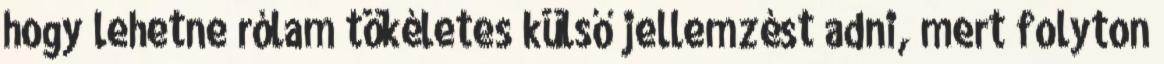
hogy lehetne rólam tökéletes külső jellemzést adni, mert folyton